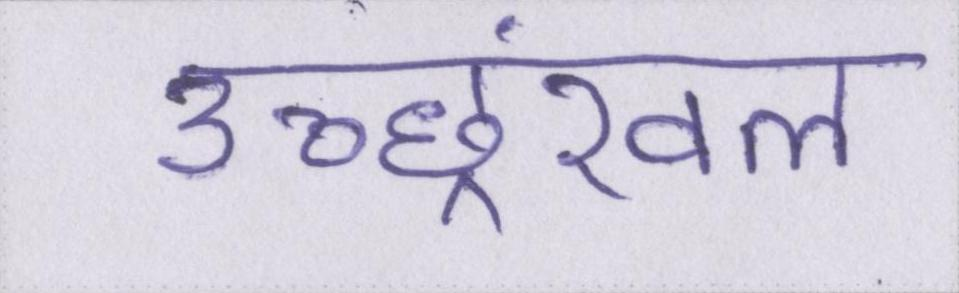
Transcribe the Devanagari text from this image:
उच्छ्रंखल